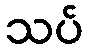
သပ်